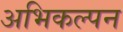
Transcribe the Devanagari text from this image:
अभिकल्‍पन